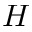
H